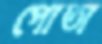
পোতা